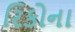
રિકોના